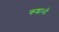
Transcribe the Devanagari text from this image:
कशाभों